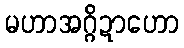
မဟာအဂ္ဂိဍာဟော